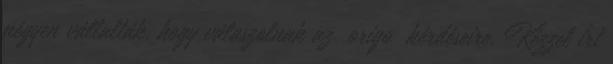
négyen vállalták, hogy válaszolnak az origo kérdéseire. Kézzel írt